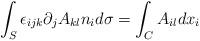
LaTeX: \begin{align*}\int_{S}\epsilon_{ijk}\partial_{j}A_{kl}n_{i}d\sigma=\int_{C}A_{il}dx_{i}\end{align*}